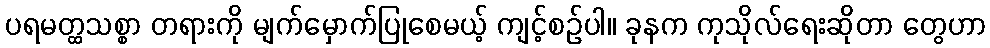
ပရမတ္ထသစ္စာ တရားကို မျက်မှောက်ပြုစေမယ့် ကျင့်စဉ်ပါ။ ခုနက ကုသိုလ်ရေးဆိုတာ တွေဟာ